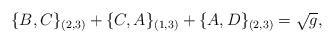
LaTeX: \begin{align*}\{B,C\}_{(2,3)}+\{C,A\}_{(1,3)}+\{A,D\}_{(2,3)}=\sqrt{g},\end{align*}